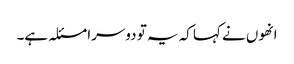
انھوں نے کہا کہ یہ تو دوسرا مسئلہ ہے۔